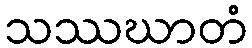
သဿဃာတံ